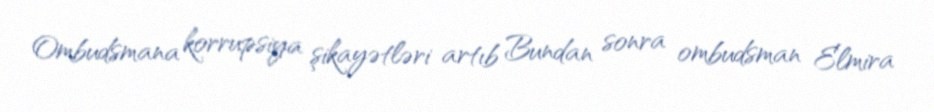
Ombudsmana korrupsiya şikayətləri artıb Bundan sonra ombudsman Elmira